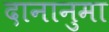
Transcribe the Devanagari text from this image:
दानानुमा